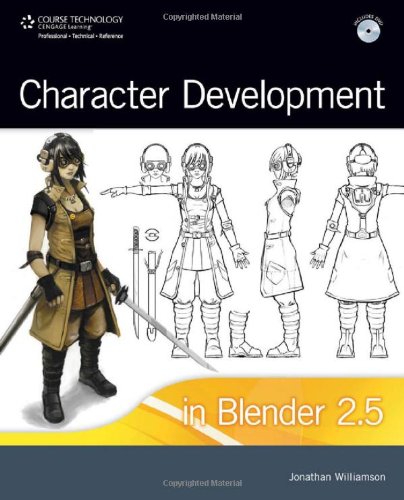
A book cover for Character Development in Blender 2.5; Jonathan Williamson; Computers & Technology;